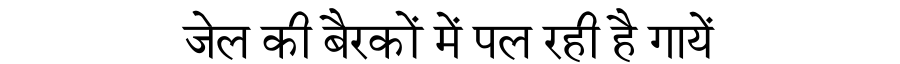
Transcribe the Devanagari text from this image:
जेल की बैरकों में पल रही है गायें